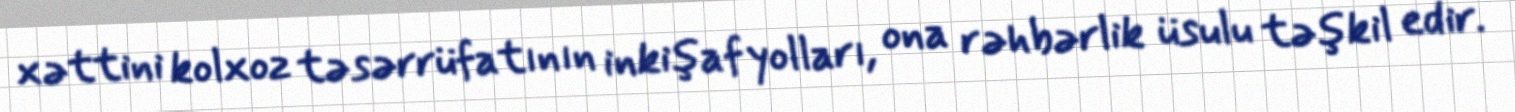
xəttini kolxoz təsərrüfatının inkişaf yolları, ona rəhbərlik üsulu təşkil edir.